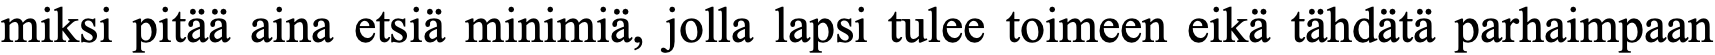
miksi pitää aina etsiä minimiä, jolla lapsi tulee toimeen eikä tähdätä parhaimpaan